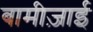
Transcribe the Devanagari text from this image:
बामीज़ाई